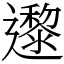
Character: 邌